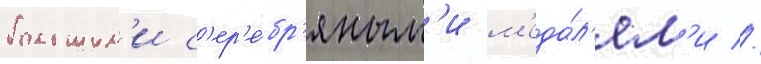
большим'и с'ер'е́бр'яным'и м'еда́л'ям'и //